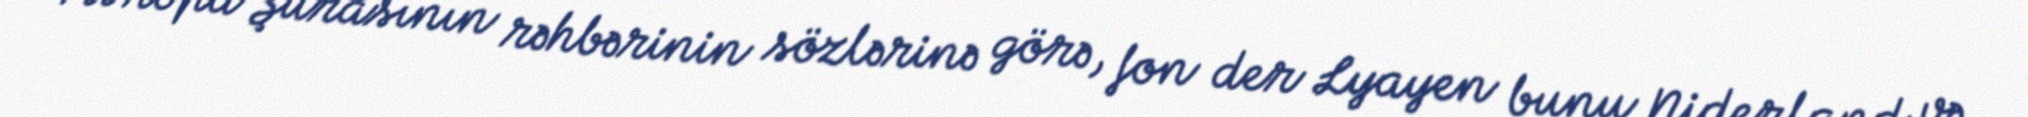
Avropa Şurasının rəhbərinin sözlərinə görə, fon der Lyayen bunu Niderland və